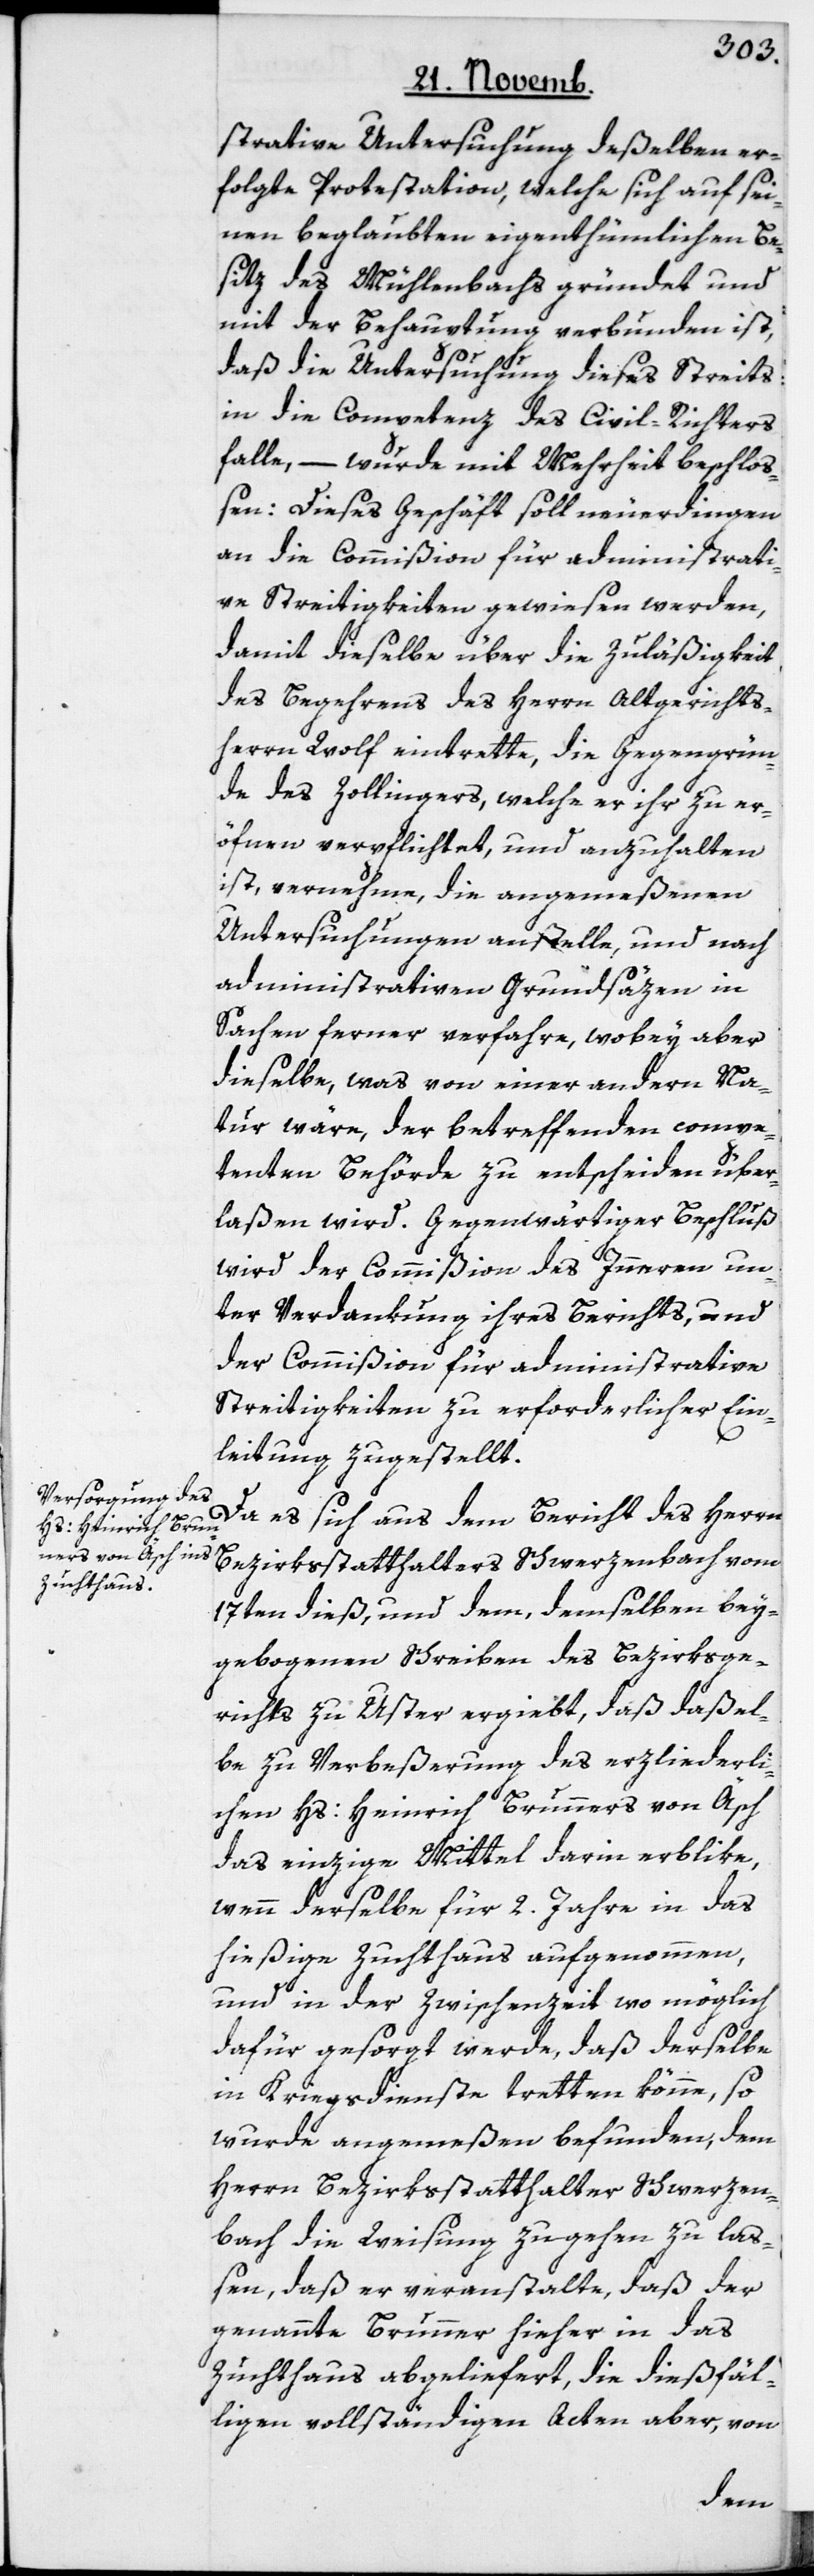
strative Untersuchung deßelben er¬
folgte Protestation, welche sich auf sei¬
nen beglaubten eigenthümlichen Be¬
sitz des Mühlenbachs gründet und
mit der Behauptung verbunden ist,
daß die Untersuchung dieses Streits:
in die Competenz des Civil-Richters
falle, – wurde mit Mehrheit beschloß¬
en: Dieses Geschäft soll neuerdingen
an die Commißion für administrati¬
ve Streitigkeiten gewiesen werden,
damit dieselbe über die Zuläßigkeit
des Begehrens des Herrn Altgerichts¬
herrn Wolf eintrette, die Gegengrün¬
de des Zollingers, welche er ihr zu er¬
öfnen verpflichtet, und anzuhalten,
ist, vernehme, die angemeßenen
Untersuchungen anstelle, und nach
administrativen Grundsäzen in
Sachen ferner verfahre, wobey aber
dieselbe, was von einer andern Na¬
tur wäre, der betreffenden compe¬
tenten Behörde zu entscheiden über¬
laßen wird. Gegenwärtiger Beschluß
wird der Commißion des Innern un¬
ter Verdankung ihres Berichts, und
der Commißion für administrative
Streitigkeiten zu erforderlicher Ein¬
leitung zugestellt.
Da es sich aus dem Bericht des Herrn
Bezirksstatthalters Schwerzenbach vom
17ten dieß, und dem, demselben bey¬
gebogenen Schreiben des Bezirksge¬
richts zu Uster ergiebt, daß daßel¬
be zu Verbeßerung des erzliederli¬
chen Hs: Heinrich Brunners von Äsch
das einzige Mittel darin erblike,
wenn derselbe für 2. Jahre in das
hießige Zuchthaus aufgenommen,
und in der Zwischenzeit wo möglich
dafür gesorgt werde, daß derselbe
in Kriegsdienste tretten könne, so
wurde angemeßen befunden, dem
Herrn Bezirksstatthalter Schwerzen¬
bach die Weisung zugehen zu laß¬
en, daß er veranstalte, daß der
genannte Brunner hieher in das
Zuchthaus abgeliefert, die dießfäl¬
ligen vollständigen Acten aber, von